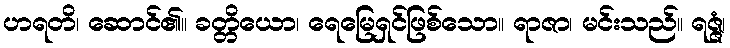
ဟရတိ၊ ဆောင်၏။ ခတ္တိယော၊ ရေမြေရှင်ဖြစ်သော။ ရာဇာ၊ မင်းသည်။ ရဇ္ဇံ၊